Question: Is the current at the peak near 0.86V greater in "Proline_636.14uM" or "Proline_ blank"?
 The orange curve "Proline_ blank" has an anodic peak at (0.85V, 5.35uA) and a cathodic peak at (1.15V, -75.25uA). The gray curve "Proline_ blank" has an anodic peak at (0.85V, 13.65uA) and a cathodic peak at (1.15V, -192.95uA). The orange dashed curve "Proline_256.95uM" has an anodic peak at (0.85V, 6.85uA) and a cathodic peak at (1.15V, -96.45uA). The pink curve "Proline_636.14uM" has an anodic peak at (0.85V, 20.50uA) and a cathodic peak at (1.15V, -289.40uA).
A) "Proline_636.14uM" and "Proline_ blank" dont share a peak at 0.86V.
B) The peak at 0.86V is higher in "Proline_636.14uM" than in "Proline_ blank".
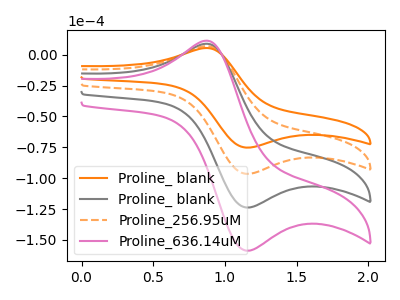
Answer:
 <answer>B) The peak at 0.86V is higher in "Proline_636.14uM" than in "Proline_ blank".</answer>
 <eval>B</eval>